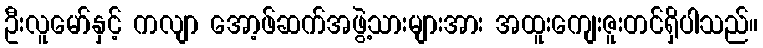
ဦးလူမော်နှင့် ကလျာ အော့ဖ်ဆက်အဖွဲ့သားများအား အထူးကျေးဇူးတင်ရှိပါသည်။